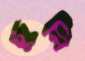
টুলি